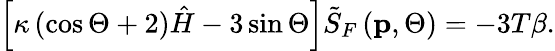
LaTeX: \left[\kappa\left(\cos\Theta+2\right)\hat{H}-3\sin\Theta\right]\tilde{S}_{F}\left(\mathbf{p},\Theta\right)=-3T\beta.